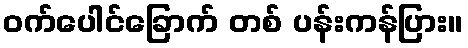
ဝက်ပေါင်ခြောက် တစ် ပန်းကန်ပြား။